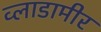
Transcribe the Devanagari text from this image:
व्लाडामीर